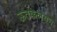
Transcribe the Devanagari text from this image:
ऊतकलयन